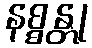
နစ္စန္တု